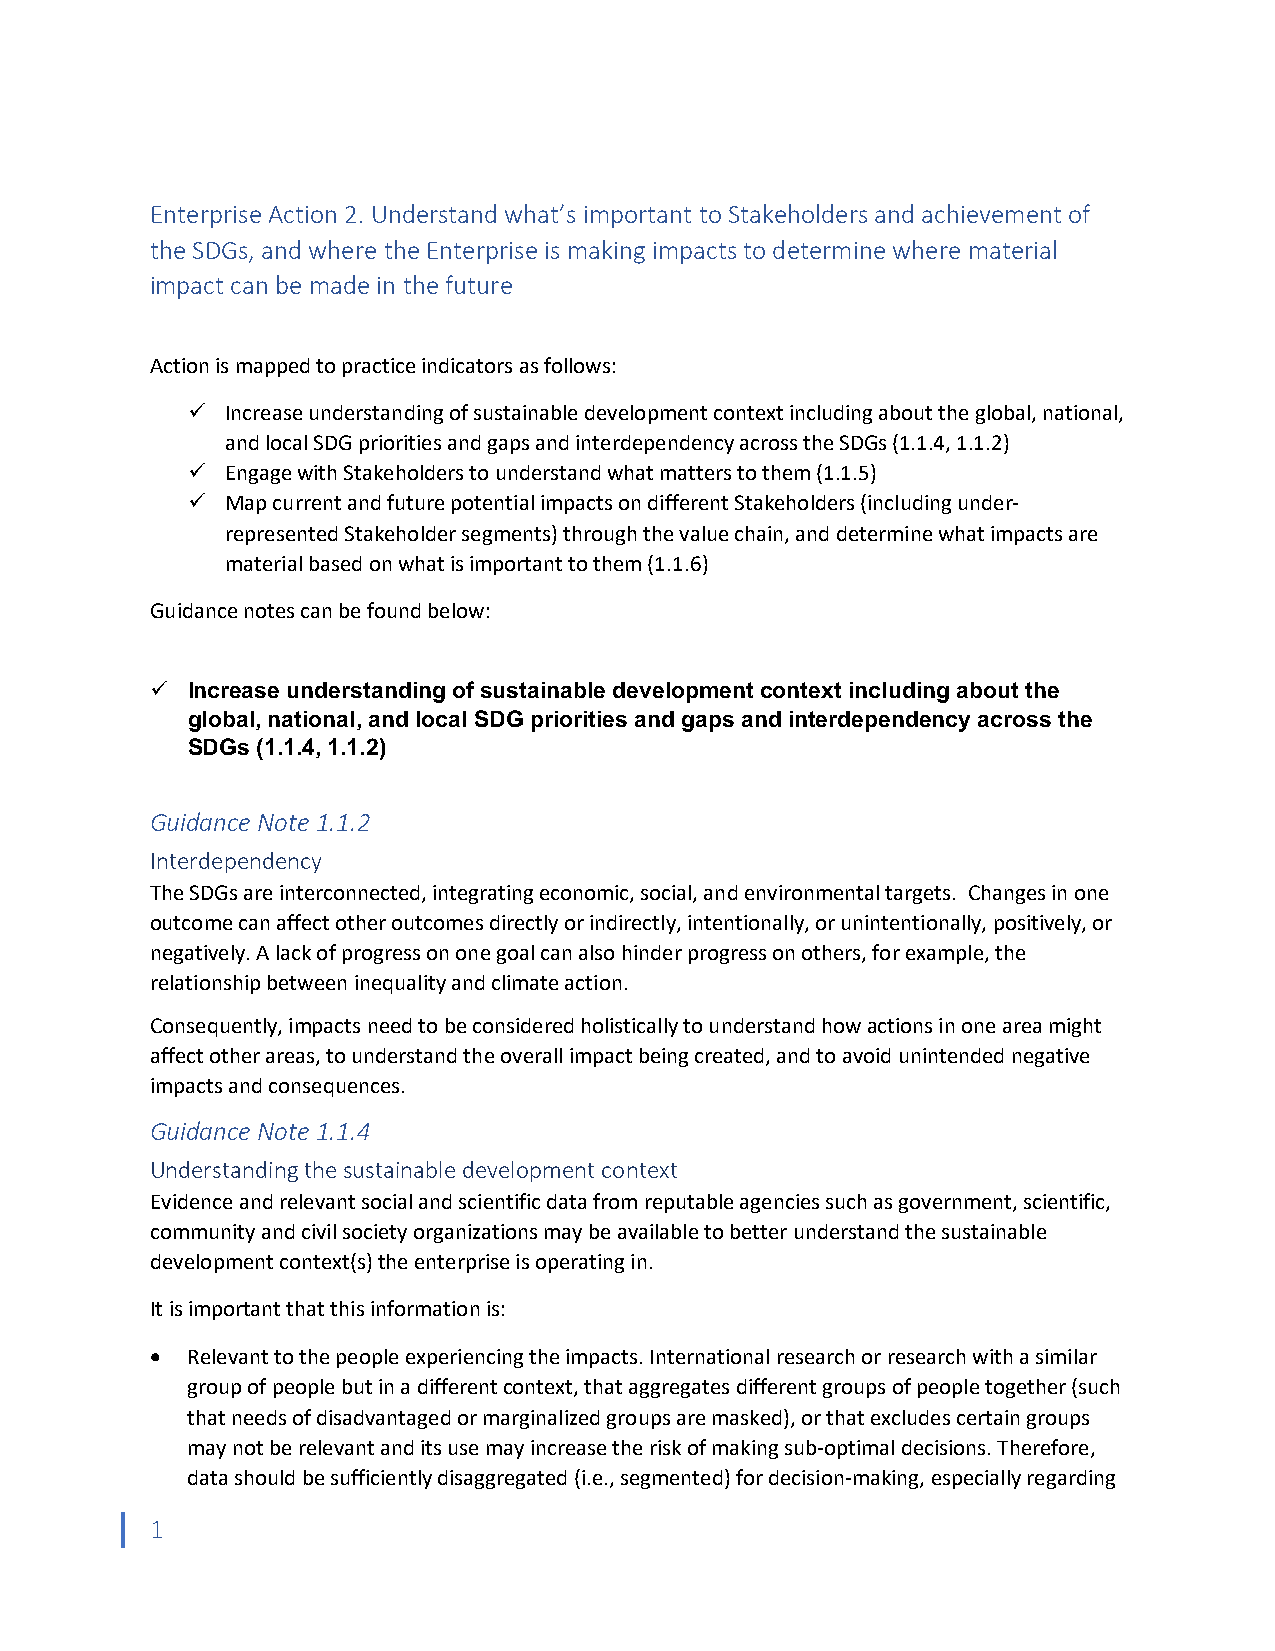
Enterprise Action 2. Understand what’s important to Stakeholders and achievement of
 the SDGs, and where the Enterprise is making impacts to determine where material
 impact can be made in the future
 Action is mapped to practice indicators as follows:
 ü  Increase understanding of sustainable development context including about the global, national,
 and local SDG priorities and gaps and interdependency across the SDGs (1.1.4, 1.1.2)
 ü  Engage with Stakeholders to understand what matters to them (1.1.5)
 ü  Map current and future potential impacts on different Stakeholders (including under-
 represented Stakeholder segments) through the value chain, and determine what impacts are
 material based on what is important to them (1.1.6)
 Guidance notes can be found below:
 ü Increase understanding of sustainable development context including about the
 global, national, and local SDG priorities and gaps and interdependency across the
 SDGs (1.1.4, 1.1.2)
 Guidance Note 1.1.2
 Interdependency
 The SDGs are interconnected, integrating economic, social, and environmental targets. Changes in one
 outcome can affect other outcomes directly or indirectly, intentionally, or unintentionally, positively, or
 negatively. A lack of progress on one goal can also hinder progress on others, for example, the
 relationship between inequality and climate action.
 Consequently, impacts need to be considered holistically to understand how actions in one area might
 affect other areas, to understand the overall impact being created, and to avoid unintended negative
 impacts and consequences.
 Guidance Note 1.1.4
 Understanding the sustainable development context
 Evidence and relevant social and scientific data from reputable agencies such as government, scientific,
 community and civil society organizations may be available to better understand the sustainable
 development context(s) the enterprise is operating in.
 It is important that this information is:
 • Relevant to the people experiencing the impacts. International research or research with a similar
 group of people but in a different context, that aggregates different groups of people together (such
 that needs of disadvantaged or marginalized groups are masked), or that excludes certain groups
 may not be relevant and its use may increase the risk of making sub-optimal decisions. Therefore,
 data should be sufficiently disaggregated (i.e., segmented) for decision-making, especially regarding
 1